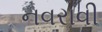
નવરાવી